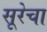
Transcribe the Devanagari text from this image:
सूरेचा